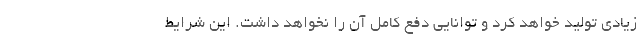
زیادی تولید خواهد کرد و توانایی دفع کامل آن را نخواهد داشت. این شرایط